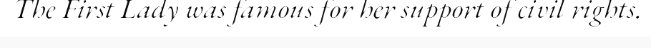
The First Lady was famous for her support of civil rights.